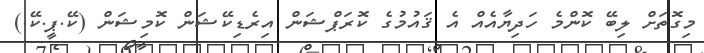
މިގޮތަށް ލިބޭ ކޮންމެ ހަދިޔާއެއް އެ ޤައުމުގެ ކޮރަޕްޝަން އިރެޑިކޭޝަން ކޮމިޝަން (ކޭ.ޕީ.ކޭ.)